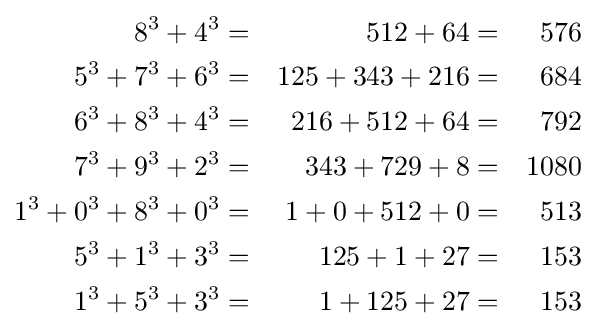
{\begin{aligned}8^{3}+4^{3}&=&512+64&=&576\\5^{3}+7^{3}+6^{3}&=&125+343+216&=&684\\6^{3}+8^{3}+4^{3}&=&216+512+64&=&792\\7^{3}+9^{3}+2^{3}&=&343+729+8&=&1080\\1^{3}+0^{3}+8^{3}+0^{3}&=&1+0+512+0&=&513\\5^{3}+1^{3}+3^{3}&=&125+1+27&=&153\\1^{3}+5^{3}+3^{3}&=&1+125+27&=&153\end{aligned}}